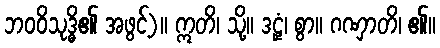
ဘဝဝိသုဒ္ဓိ၏ အဖွင့်)။ ဣတိ၊ သို့။ ဒဠှံ၊ စွာ။ ဂဏှာတိ၊ ၏။